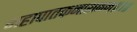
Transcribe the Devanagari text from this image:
महापातकनाशनम्‌॥१॥